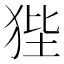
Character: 狴